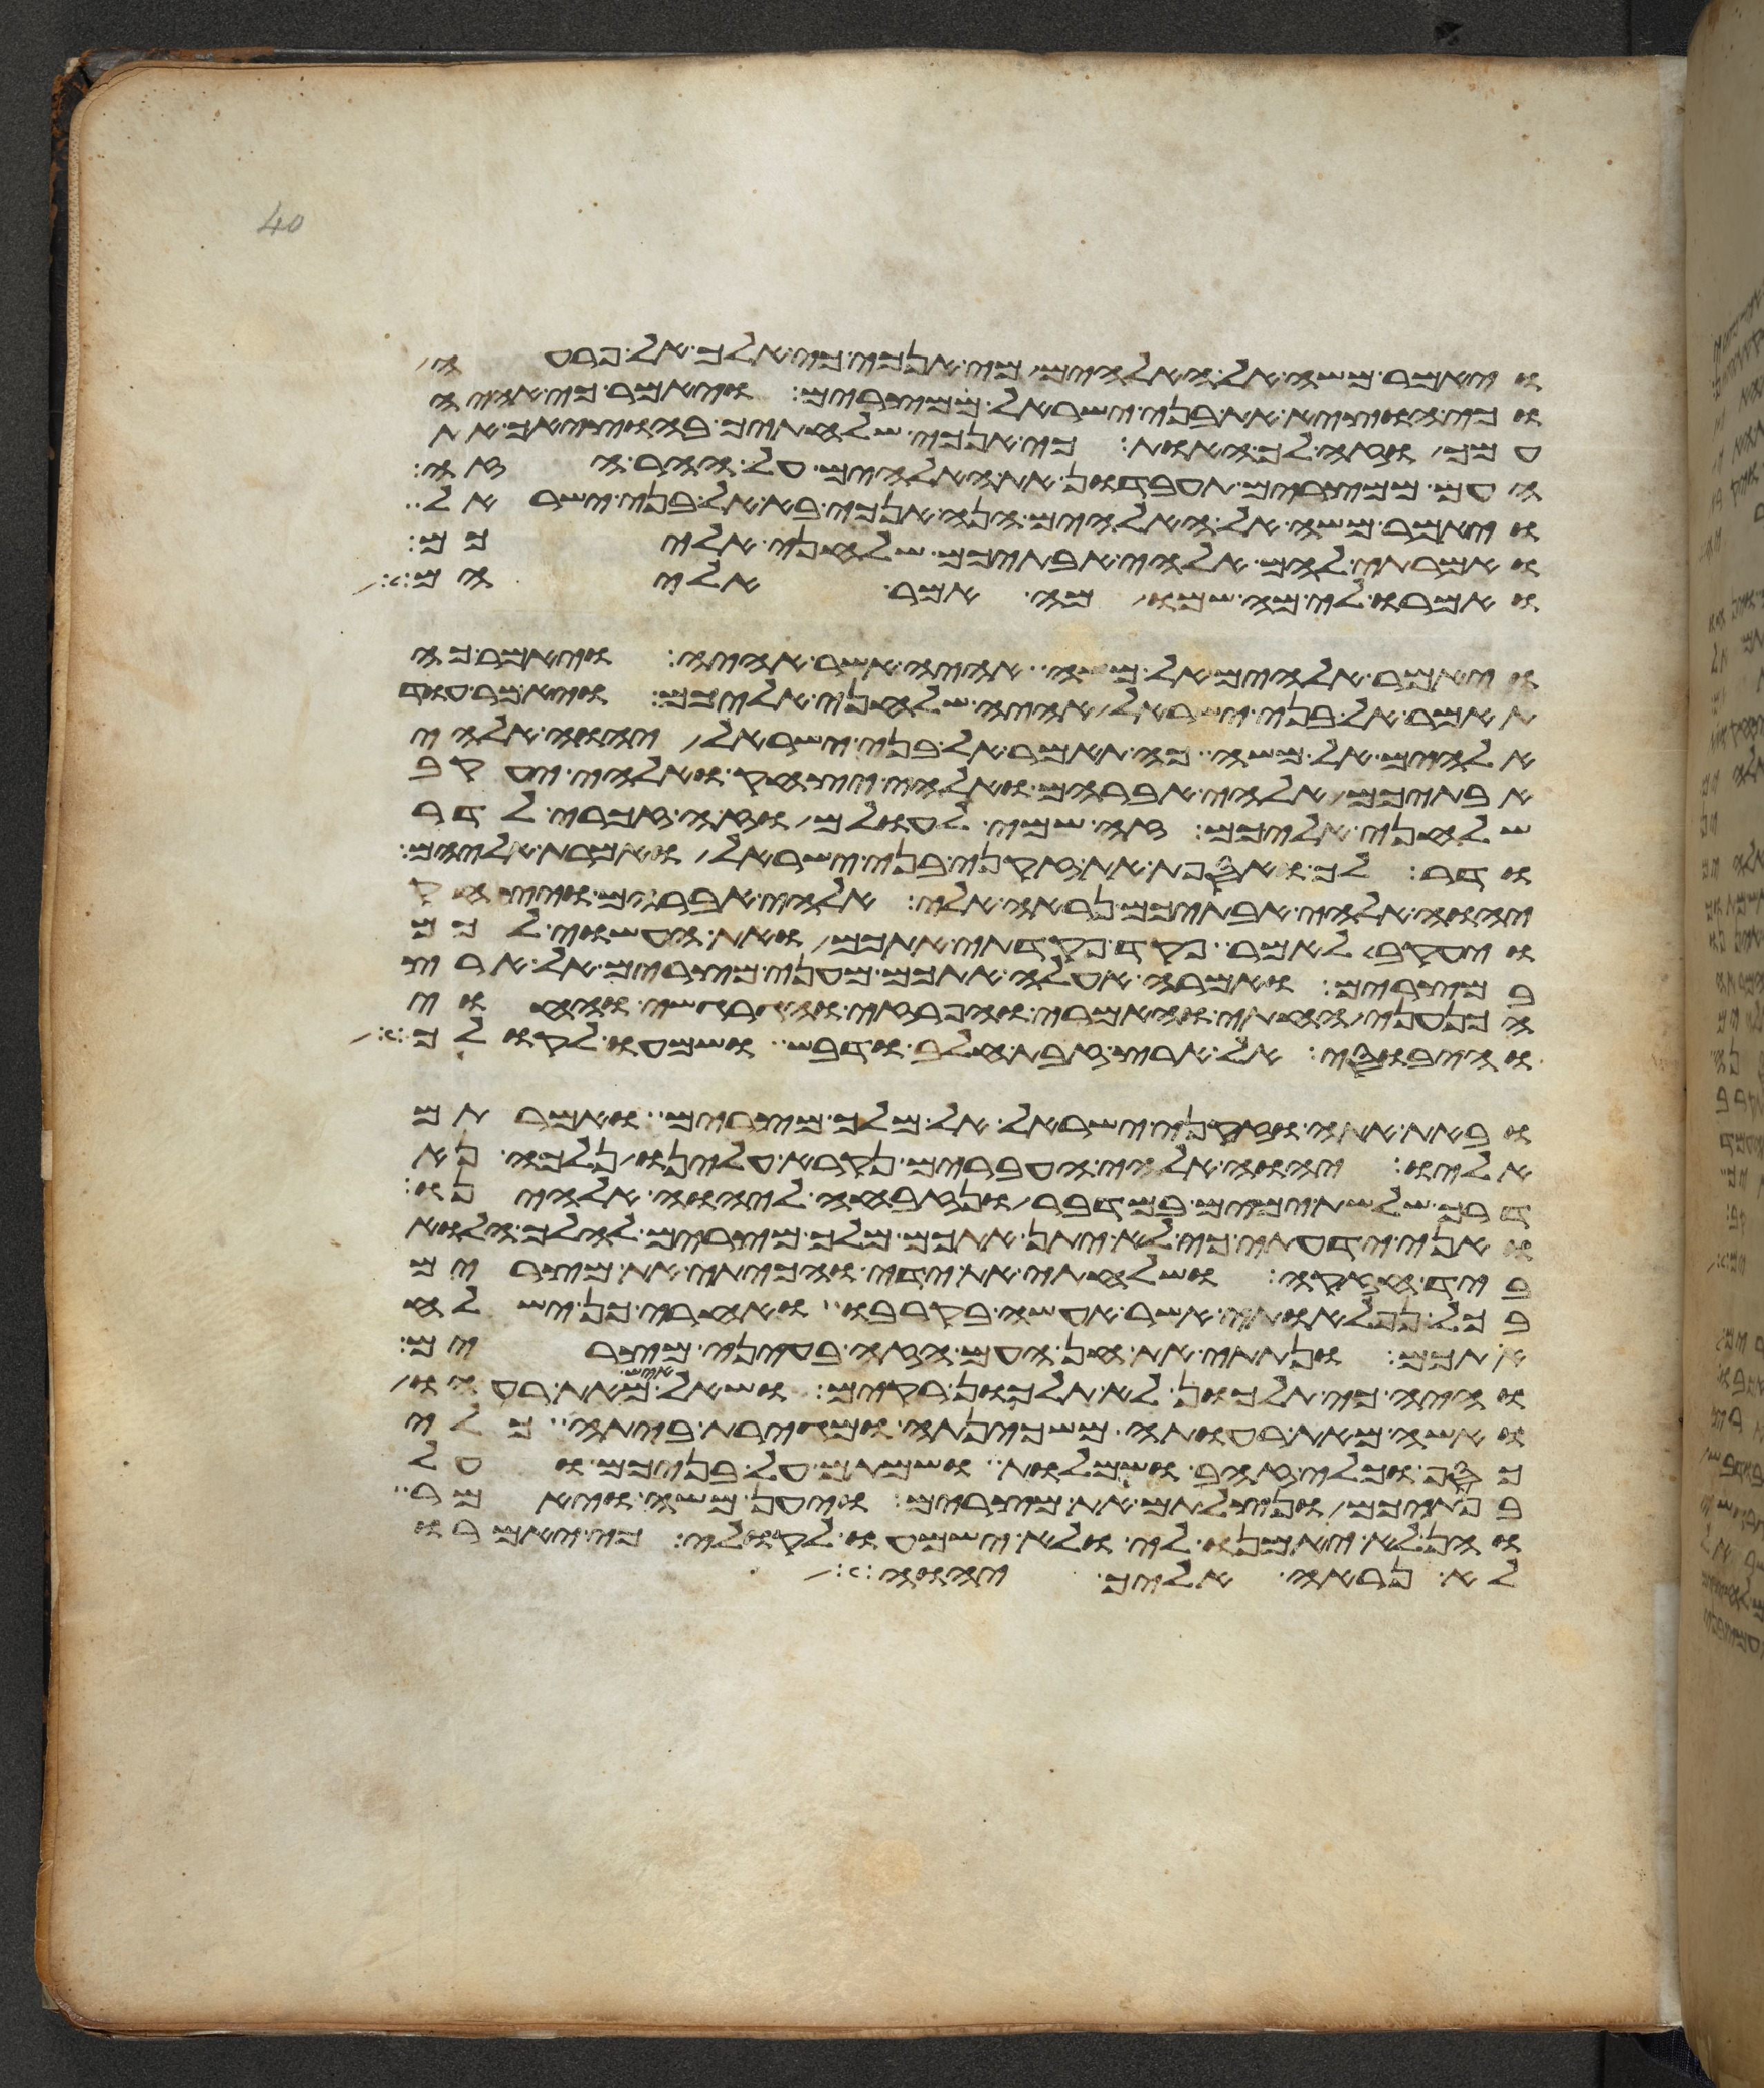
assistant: ויאמר משה אל האלהים מי אנכי כי אלך אל פרעה
וכי אוציא את בני ישראל ממצרים ויאמר כי אהיה
עמך וזה לך האות כי אנכי שלחתיך בהוציאך את
העם ממצרים תעבדון את האלהים על ההר הזה
ויאמר משה אל האלהים הנה אנכי בא אל בני ישראל
ואמרתי להם אלהי אבתיכם שלחני אליכם
ואמרו לי מה שמו מה אמר אליהם
ויאמר אלהים אל משה אהיה אשר אהיה ויאמר כה
תאמר אל בני ישראל אהיה שלחני אליכם ויאמר עוד
אלהים אל משה כה תאמר אל בני ישראל יהוה אלהי
אבתיכם אלהי אברהם ואלהי יצחק ואלהי יעקב
שלחני אליכם זה שמי לעולם וזה זכרי לדר
ודר לך ואספת את זקני בני ישראל ואמרת אליהם
יהוה אלהי אבתיכם נראה אלי אלהי אברהם ויצחק
ויעקב לאמר פקד פקדתי אתכם ואת העשוי לכם
במצרים ואמרה אעלה אתכם מעני מצרים אל ארץ
הכנעני החתי והאמרי והפרזי והגרגשי והחוי
והיבוסי אל ארץ זבת חלב ודבש ושמעו לקולך
ובאת אתה וזקני ישראל אל מלך מצרים ואמרתם
אליו יהוה אלהי העברים נקרא עלינו נלכה נא
דרך שלשת ימים במדבר ונזבחה ליהוה אלהינו
ואני ידעתי כי לא יתן אתכם מלך מצרים להלך הלוא
ביד חזקה ושלחתי את ידי והכיתי את מצרים
בכל נפלאותי אשר אעשה בקרבו ואחרי כן ישלח
אתכם ונתתי את חן העם הזה בעיני מצרים
והיה כי תלכון לא תלכון רקים ושאל איש מאת רעהו
ואשה מאת רעותה משכינתה ומגירת ביתה כלי
כסף וכלי זהב ושמלות ושמתם על בניכם ועל
בנתיכם ונצלתם את מצרים ויען משה ויאמר
והן לא יאמנו לי ולא ישמעו לקולי כי יאמרו
לא נראה אליך יהוה